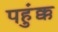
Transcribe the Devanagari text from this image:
पहुंक्क